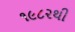
૧૯૮૨થી